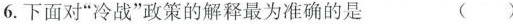
6.下面对”冷战”政策的解释最为准确的是 ()